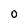
Character: O